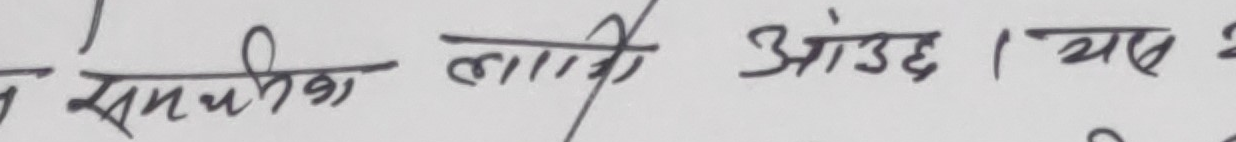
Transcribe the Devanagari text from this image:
सम्बन्धीका लागी आउछ । यस २